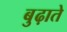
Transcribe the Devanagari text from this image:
बुढ़ाते